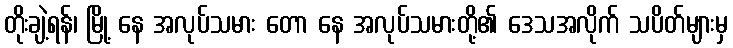
တိုးချဲ့ရန်၊ မြို့ နေ အလုပ်သမား တော နေ အလုပ်သမားတို့၏ ဒေသအလိုက် သပိတ်များမှ